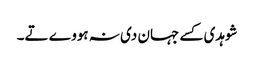
شوہدی کسے جہان دی نہ ہووے تے۔